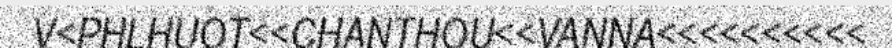
V<PHLHUOT<<CHANTHOU<<VANNA<<<<<<<<<<